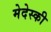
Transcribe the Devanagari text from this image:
मेदेस्की